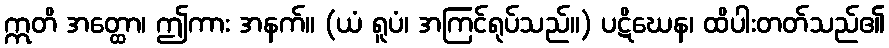
ဣတိ အတ္ထော၊ ဤကား အနက်။ (ယံ ရူပံ၊ အကြင်ရုပ်သည်။) ပဋိဃေန၊ ထိပါးတတ်သည်၏